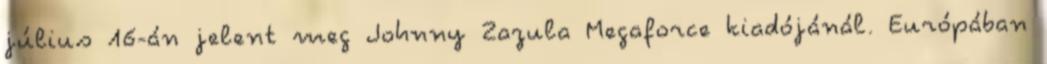
július 16-án jelent meg Johnny Zazula Megaforce kiadójánál. Európában